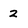
Character: 2